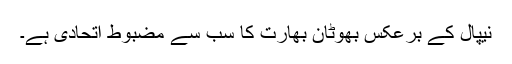
نیپال کے برعکس بھوٹان بھارت کا سب سے مضبوط اتحادی ہے۔